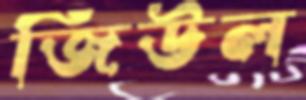
জিউল